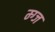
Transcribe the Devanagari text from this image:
म्ग्ज